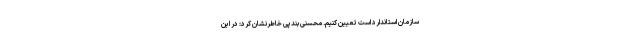
سازمان استاندارد است تعیین کنیم. محسنی بندپی خاطرنشان کرد: در این